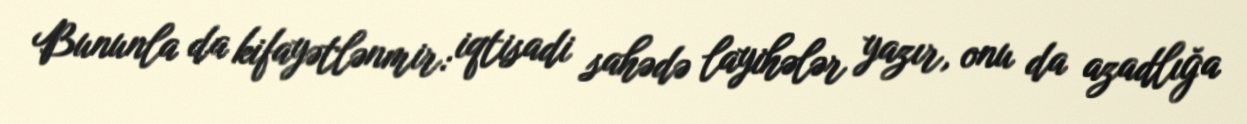
Bununla da kifayətlənmir: iqtisadi sahədə layihələr yazır, onu da azadlığa